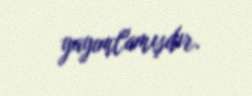
yayımlamışdır.